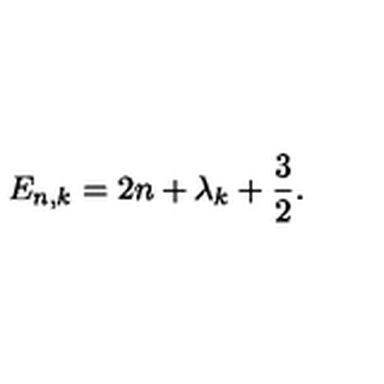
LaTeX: E _ { n , k } = 2 n + { \lambda _ { k } } + \frac { 3 } { 2 } .